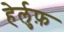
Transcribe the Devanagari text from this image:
हेर्लुफ़